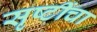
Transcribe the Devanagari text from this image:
सृष्टींचा